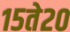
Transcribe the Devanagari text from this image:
१५ते२०